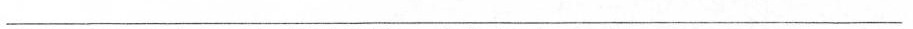
___